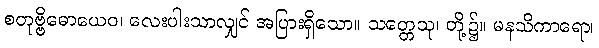
စတုဗ္ဗိဓောယေဝ၊ လေးပါးသာလျှင် အပြားရှိသော။ သတ္တေသု၊ တို့၌။ မနသိကာရော၊